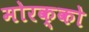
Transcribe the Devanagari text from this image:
मोरक्को